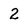
Character: 2